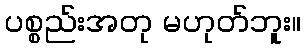
ပစ္စည်းအတု မဟုတ်ဘူး။